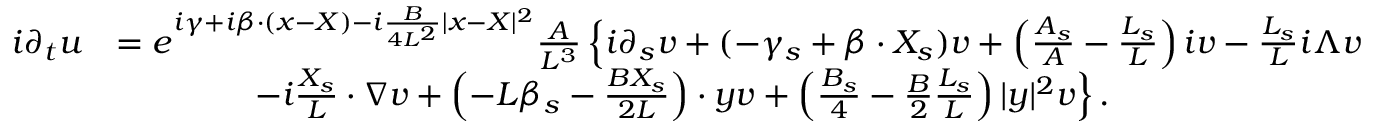
\begin{array} { r l } { i \partial _ { t } u } & { = e ^ { i \gamma + i \beta \cdot ( x - X ) - i \frac { B } { 4 L ^ { 2 } } | x - X | ^ { 2 } } \frac { A } { L ^ { 3 } } \left\{ i \partial _ { s } v + ( - \gamma _ { s } + \beta \cdot X _ { s } ) v + \left( \frac { A _ { s } } { A } - \frac { L _ { s } } { L } \right) i v - \frac { L _ { s } } { L } i \Lambda v \right. } \\ & { \qquad \qquad \left. - i \frac { X _ { s } } { L } \cdot \nabla v + \left( - L \beta _ { s } - \frac { B X _ { s } } { 2 L } \right) \cdot y v + \left( \frac { B _ { s } } { 4 } - \frac { B } { 2 } \frac { L _ { s } } { L } \right) | y | ^ { 2 } v \right\} . } \end{array}